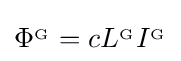
\mathrm {\Phi } ^{_{\mathrm {G} }}=cL^{_{\mathrm {G} }}I^{_{\mathrm {G} }}